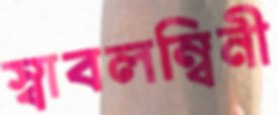
স্বাবলম্বিনী